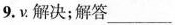
9. ν . 解决；解答___